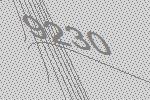
9230